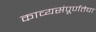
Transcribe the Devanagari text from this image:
काव्यसंपूर्णतेचा